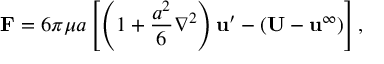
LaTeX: \mathbf { F } = 6 \pi \mu a \left[ \left( 1 + { \frac { a ^ { 2 } } { 6 } } \nabla ^ { 2 } \right) \mathbf { u } ^ { \prime } - ( \mathbf { U } - \mathbf { u } ^ { \infty } ) \right] ,